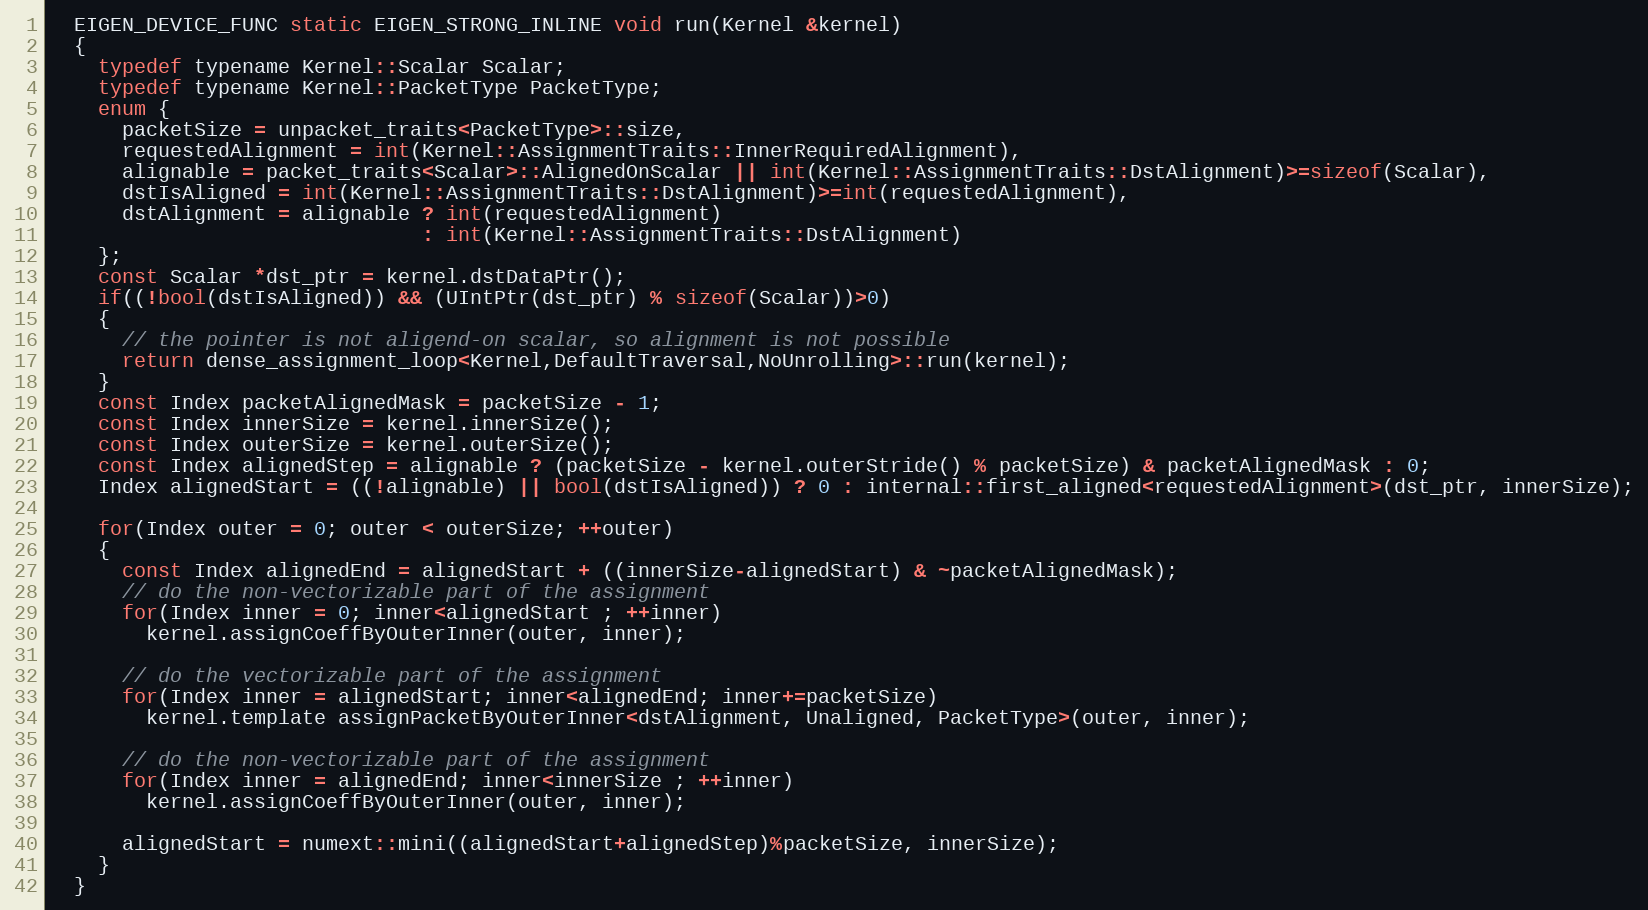
Language: C
  EIGEN_DEVICE_FUNC static EIGEN_STRONG_INLINE void run(Kernel &kernel)
  {
    typedef typename Kernel::Scalar Scalar;
    typedef typename Kernel::PacketType PacketType;
    enum {
      packetSize = unpacket_traits<PacketType>::size,
      requestedAlignment = int(Kernel::AssignmentTraits::InnerRequiredAlignment),
      alignable = packet_traits<Scalar>::AlignedOnScalar || int(Kernel::AssignmentTraits::DstAlignment)>=sizeof(Scalar),
      dstIsAligned = int(Kernel::AssignmentTraits::DstAlignment)>=int(requestedAlignment),
      dstAlignment = alignable ? int(requestedAlignment)
                               : int(Kernel::AssignmentTraits::DstAlignment)
    };
    const Scalar *dst_ptr = kernel.dstDataPtr();
    if((!bool(dstIsAligned)) && (UIntPtr(dst_ptr) % sizeof(Scalar))>0)
    {
      // the pointer is not aligend-on scalar, so alignment is not possible
      return dense_assignment_loop<Kernel,DefaultTraversal,NoUnrolling>::run(kernel);
    }
    const Index packetAlignedMask = packetSize - 1;
    const Index innerSize = kernel.innerSize();
    const Index outerSize = kernel.outerSize();
    const Index alignedStep = alignable ? (packetSize - kernel.outerStride() % packetSize) & packetAlignedMask : 0;
    Index alignedStart = ((!alignable) || bool(dstIsAligned)) ? 0 : internal::first_aligned<requestedAlignment>(dst_ptr, innerSize);

    for(Index outer = 0; outer < outerSize; ++outer)
    {
      const Index alignedEnd = alignedStart + ((innerSize-alignedStart) & ~packetAlignedMask);
      // do the non-vectorizable part of the assignment
      for(Index inner = 0; inner<alignedStart ; ++inner)
        kernel.assignCoeffByOuterInner(outer, inner);

      // do the vectorizable part of the assignment
      for(Index inner = alignedStart; inner<alignedEnd; inner+=packetSize)
        kernel.template assignPacketByOuterInner<dstAlignment, Unaligned, PacketType>(outer, inner);

      // do the non-vectorizable part of the assignment
      for(Index inner = alignedEnd; inner<innerSize ; ++inner)
        kernel.assignCoeffByOuterInner(outer, inner);

      alignedStart = numext::mini((alignedStart+alignedStep)%packetSize, innerSize);
    }
  }